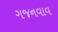
ગજનવાવ